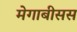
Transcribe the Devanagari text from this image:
मेगाबीसस